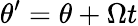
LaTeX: \theta^{\prime}=\theta+\Omega t